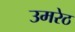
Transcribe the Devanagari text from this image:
उमरेठ